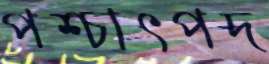
পশ্চাৎপদ